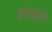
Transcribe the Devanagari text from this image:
हवाईयों